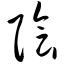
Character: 阴